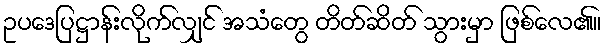
ဥပဒေပြဋ္ဌာန်းလိုက်လျှင် အသံတွေ တိတ်ဆိတ် သွားမှာ ဖြစ်လေ၏။